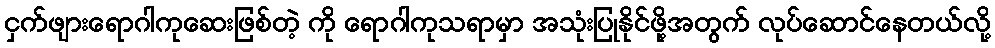
ငှက်ဖျားရောဂါကုဆေးဖြစ်တဲ့ ကို ရောဂါကုသရာမှာ အသုံးပြုနိုင်ဖို့အတွက် လုပ်ဆောင်နေတယ်လို့